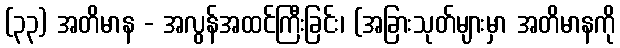
(၃၃) အတိမာန - အလွန်အထင်ကြီးခြင်း၊ (အခြားသုတ်များမှာ အတိမာနကို